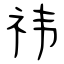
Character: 祎